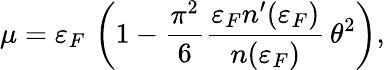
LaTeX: \mu=\varepsilon_{F}\, \left(1-\frac{\pi^{2}}{6}\frac{\varepsilon_{F}n^{\prime}(\varepsilon_{F})}{n(\varepsilon_{F})}\, \theta^{2}\right),